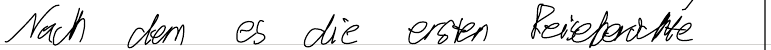
Nach dem es die ersten Reiseberichte